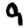
Digit: 9